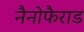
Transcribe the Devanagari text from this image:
नैनोफैराड